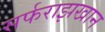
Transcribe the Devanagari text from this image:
सर्फराझखान